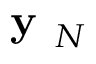
\textbf { y } _ { N }